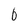
Character: 6